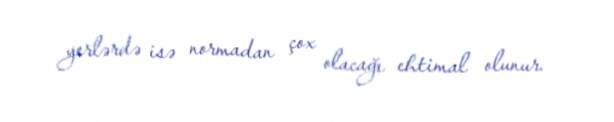
yerlərdə isə normadan çox olacağı ehtimal olunur.